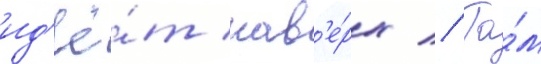
ид'ё́т нав'е́рх // Та́м